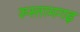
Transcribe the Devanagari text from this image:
रुस्तामगढ़